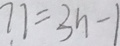
7 7 = 3 n - 1